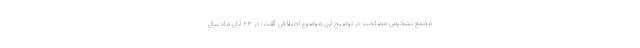
مجمع تشخیص مصلحت در توضیح این موضوع اختلافی گفت: در ۲۳ آبان ماه سال